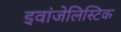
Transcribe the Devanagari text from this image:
इवांजेलिस्टिक